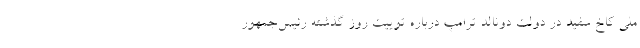
ملی کاخ سفید در دولت دونالد ترامپ درباره توییت روز گذشته رئیس‌جمهور